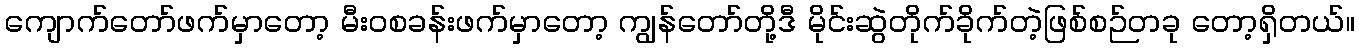
ကျောက်တော်ဖက်မှာတော့ မီးဝစခန်းဖက်မှာတော့ ကျွန်တော်တို့ဒီ မိုင်းဆွဲတိုက်ခိုက်တဲ့ဖြစ်စဉ်တခု တော့ရှိတယ်။